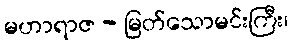
မဟာရာဇ - မြတ်သောမင်းကြီး၊